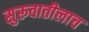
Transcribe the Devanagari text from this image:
सुरूवातीलाच